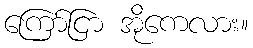
ကြော်ငြာ အိုကေလား။